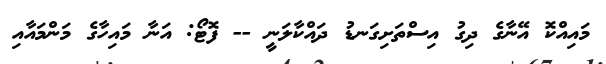
މައިއްކޮ އޭނާގެ ދިގު އިސްތަށިގަނޑު ދައްކާލަނީ -- ފޮޓޯ: އަނާ މައިހާގެ މަންމައާއި